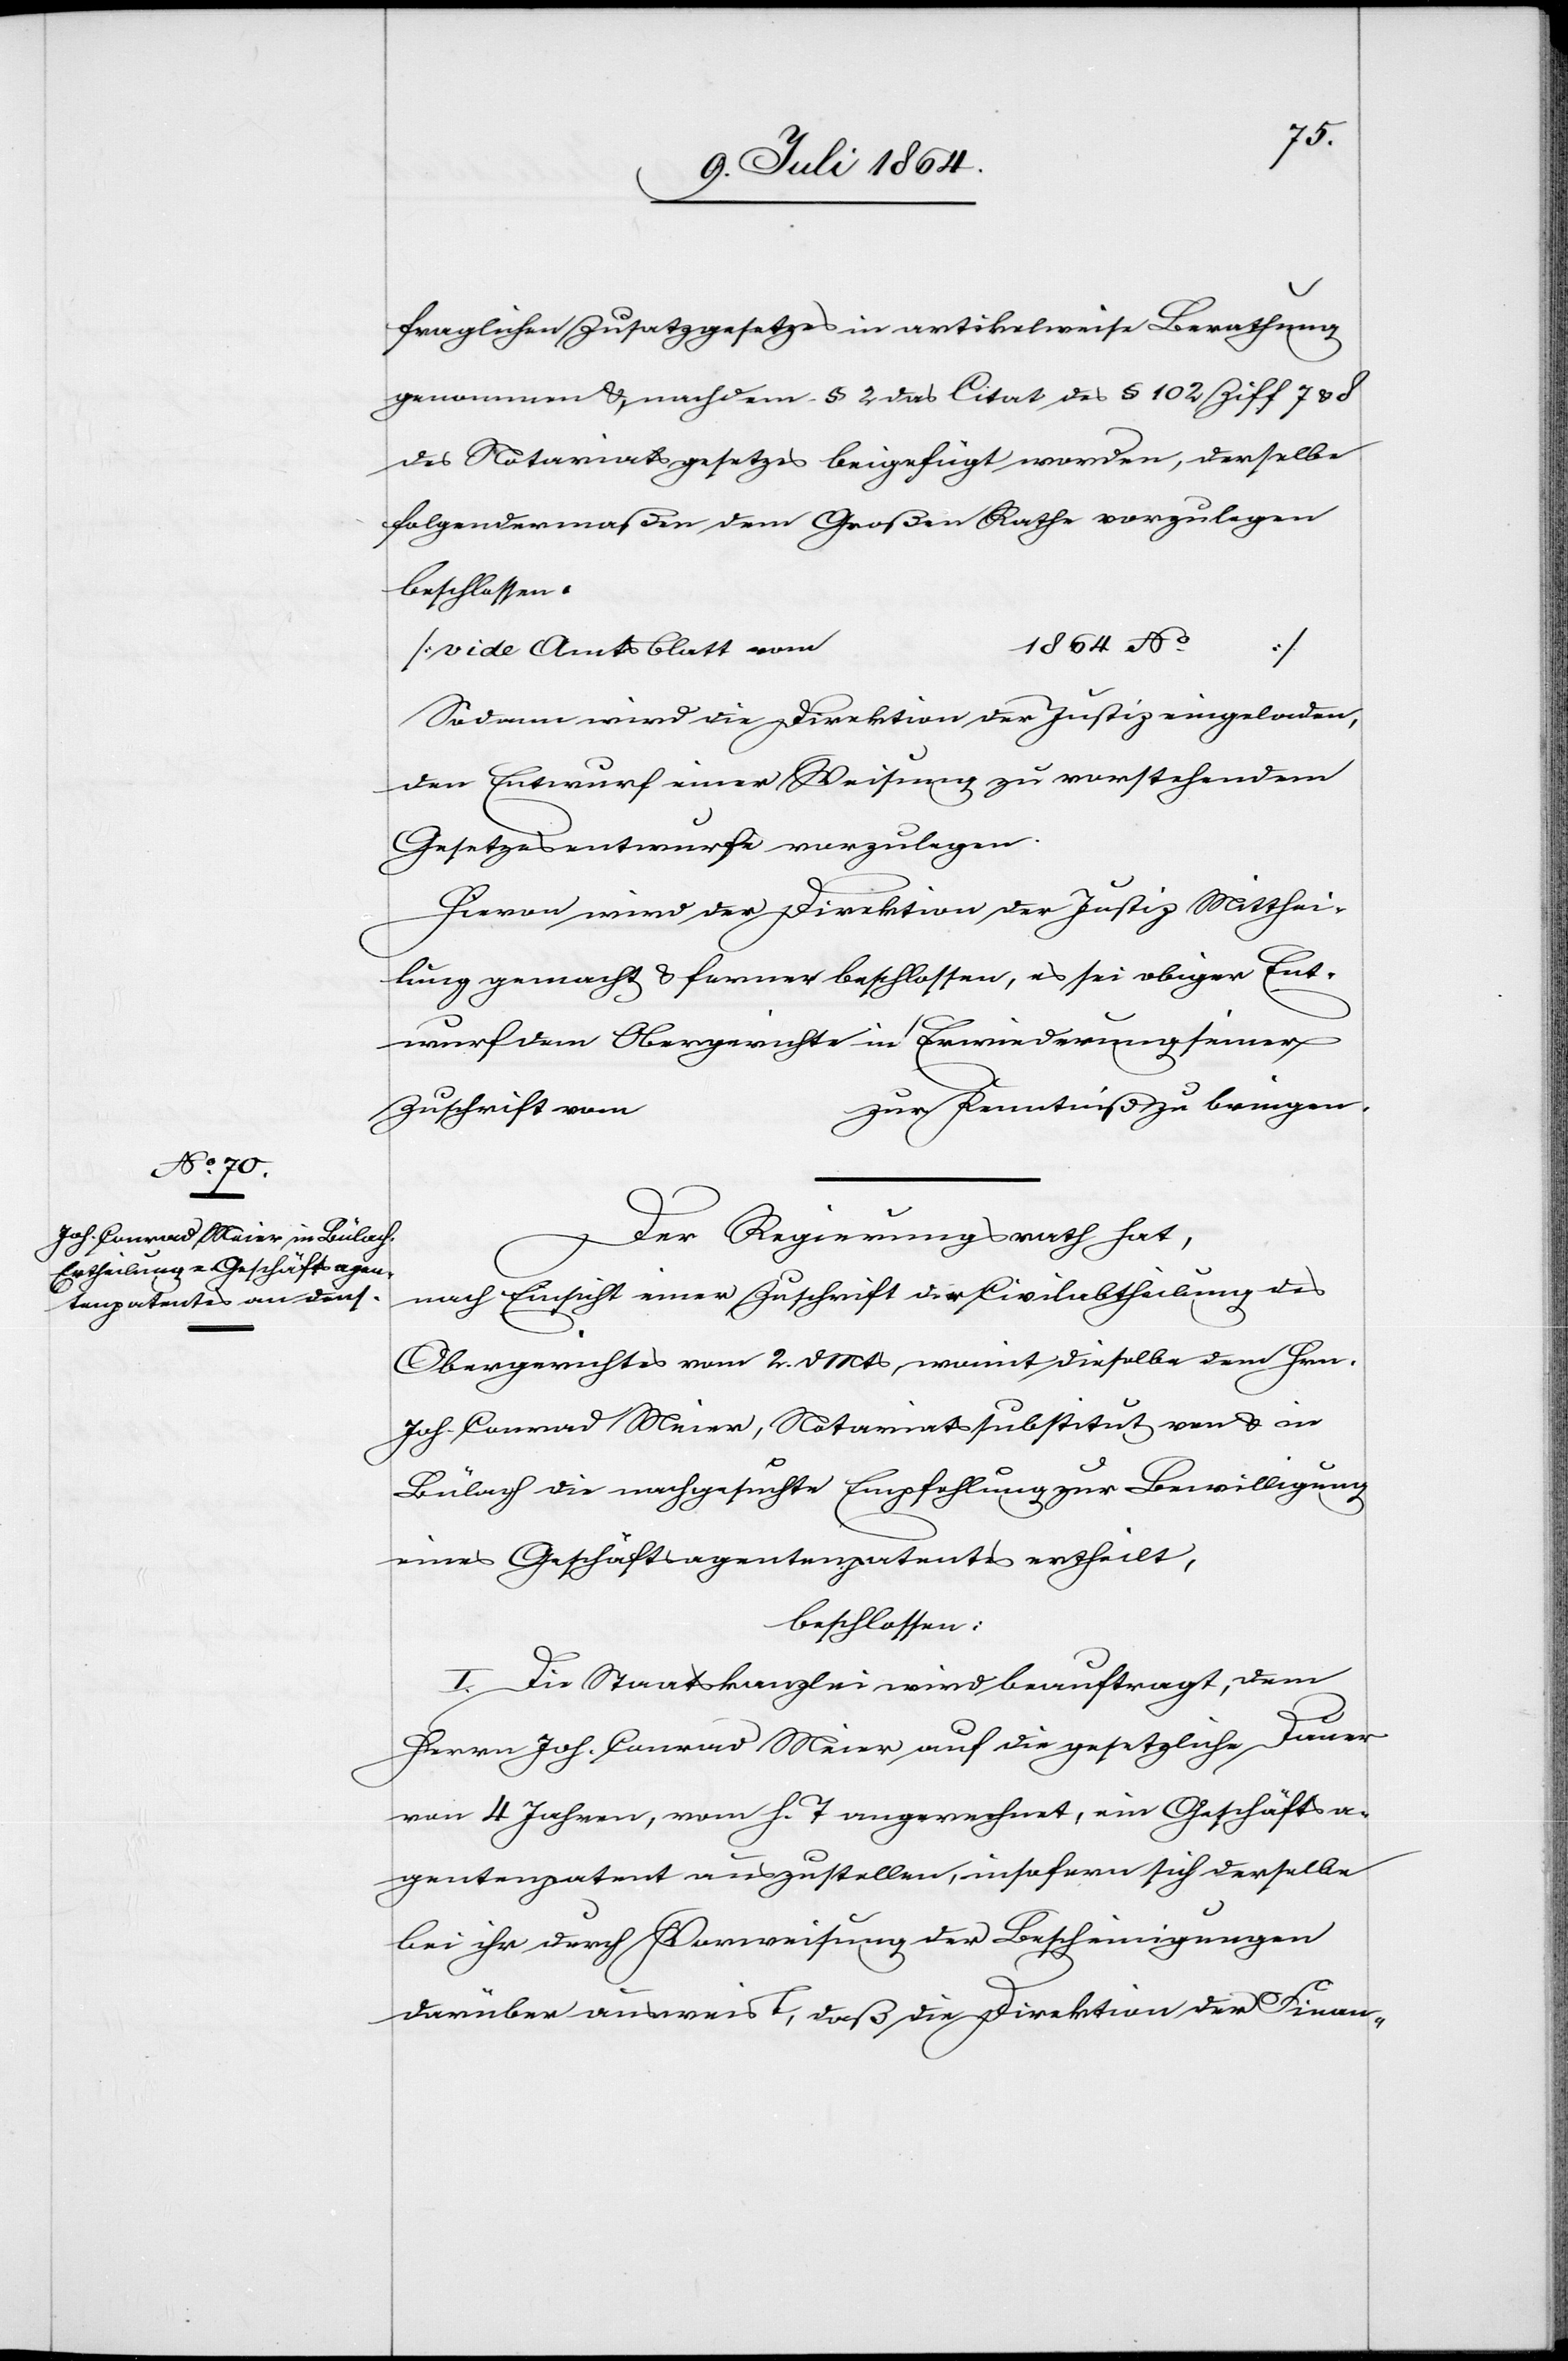
fraglichen Zusatzgesetzes in artikelweise Berathung
genommen u., nachdem § 2 das Citat des § 102 Ziff 7 u. 8
des Notariatsgesetzes beigefügt worden, derselbe
folgendermaßen dem Großen Rathe vorzulegen
beschlossen:
1864 No …]
[vide Amtsblatt vom
…
Sodann wird die Direktion der Justiz eingeladen,
den Entwurf einer Weisung zu vorstehendem
Gesetzesentwurfe vorzulegen.
Hievon wird der Direktion der Justiz Mitthei¬
lung gemacht u. ferner beschlossen, es sei obiger Ent¬
wurf dem Obergerichte in Erwiederung seiner
zur Kenntniß zu bringen.
Zuschrift vom
Der Regierungsrath hat,
nach Einsicht einer Zuschrift der Civilabtheilung des
Obergerichtes vom 2. d. Mts.[,] womit dieselbe dem Hrn.
Joh. Conrad Meier, Notariatssubstitut von u. in
Bülach die nachgesuchte Empfehlung zur Bewilligung
eines Geschäftsagentenpatentes ertheilt,
beschlossen:
I. Die Staatskanzlei wird beauftragt, dem
Herrn Joh. Conrad Meier auf die gesetzliche Dauer
von 4 Jahren, vom h. T. angerechnet, ein Geschäftsa¬
gentenpatent auszustellen, insofern sich derselbe
bei ihr durch Vorweisung der Bescheinigungen
darüber ausweis[?t], daß die Direktion der Finan-